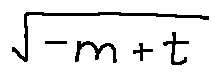
\sqrt { - m + t }